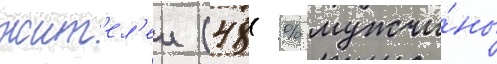
жит'ел'еи (48 % мужчи́ны